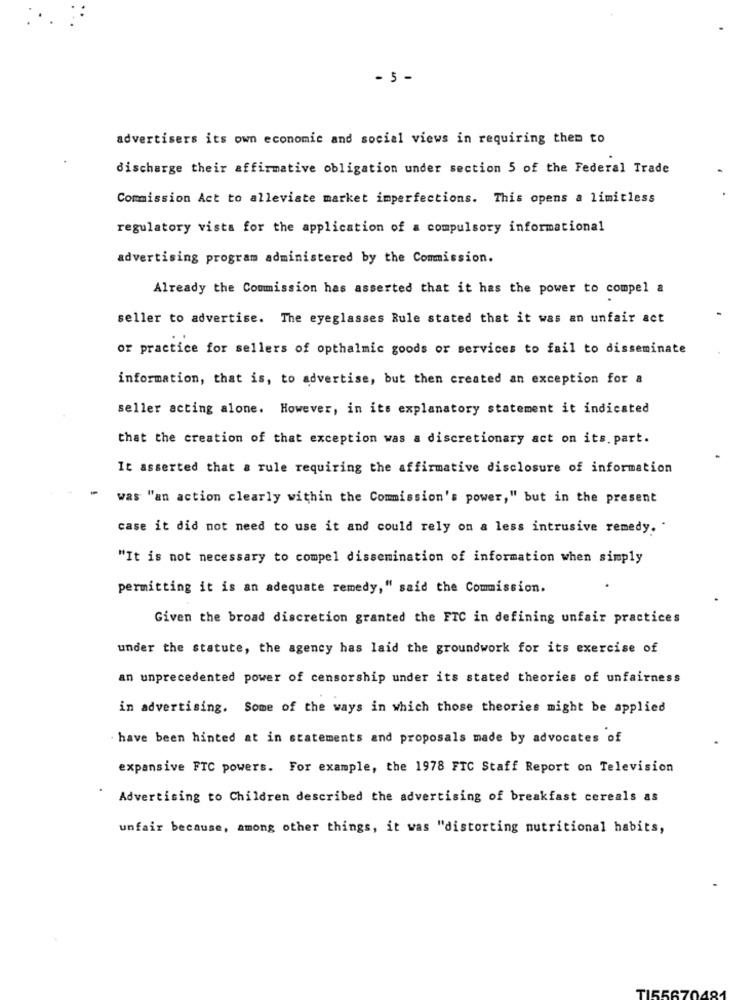
- 5 -
advertisers its own economic and social views in requiring them to
discharge their affirmative obligation under section 5 of the Federal Trade
Commission Act to alleviate market imperfections. This opens a limitless
regulatory vista for the application of a compulsory informational
advertising program administered by the Commission.
Already the Commission has asserted that it has the power to compel a
seller to advertise. The eyeglasses Rule stated that it was an unfair act
or practice for sellers of opthalmic goods or services to fail to disseminate
information, that is, to advertise, but then created an exception for a
seller acting alone. However, in its explanatory statement it indicated
that the creation of that exception was a discretionary act on its. part.
It asserted that a rule requiring the affirmative disclosure of information
was "an action clearly within the Commission's power," but in the present
case it did not need to use it and could rely on a less intrusive remedy ..
"It is not necessary to compel dissemination of information when simply
permitting it is an adequate remedy," said the Commission.
Given the broad discretion granted the FTC in defining unfair practices
under the statute, the agency has laid the groundwork for its exercise of
an unprecedented power of censorship under its stated theories of unfairness
in advertising. Some of the ways in which those theories might be applied
have been hinted at in statements and proposals made by advocates of
expansive FTC powers. For example, the 1978 FTC Staff Report on Television
Advertising to Children described the advertising of breakfast cereals as
unfair because, among other things, it was "distorting nutritional habits,
TI55670481